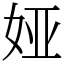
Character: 娅